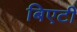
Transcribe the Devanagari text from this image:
बिएटी